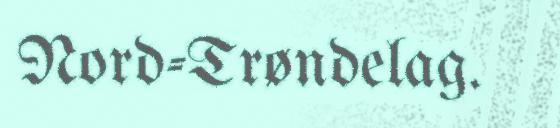
Nord-Trøndelag.